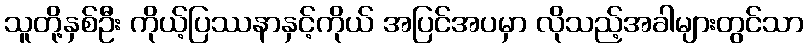
သူတို့နှစ်ဦး ကိုယ့်ပြဿနာနှင့်ကိုယ် အပြင်အပမှာ လိုသည့်အခါများတွင်သာ